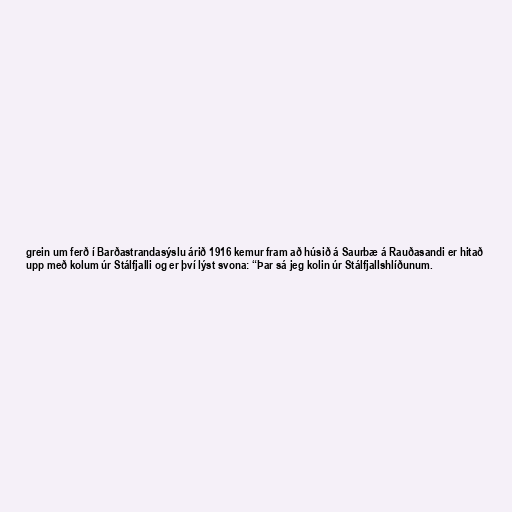
grein um ferð í Barðastrandasýslu árið 1916 kemur fram að húsið á Saurbæ á Rauðasandi er hitað
upp með kolum úr Stálfjalli og er því lýst svona: “Þar sá jeg kolin úr Stálfjallshlíðunum.